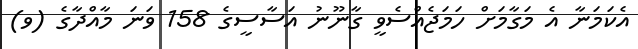
އެކަމަނާ އެ މަގާމަށް ހަމަޖެއްސެވީ ގާނޫނު އަސާސީގެ 158 ވަނަ މާއްދާގެ (ވ)